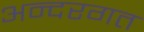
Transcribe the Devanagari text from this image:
अन्दरगत